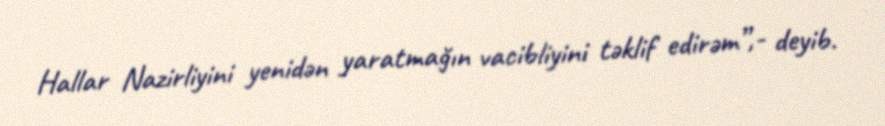
Hallar Nazirliyini yenidən yaratmağın vacibliyini təklif edirəm”,- deyib.